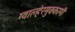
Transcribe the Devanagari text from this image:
ग्वाल्हेरमुक्कामी